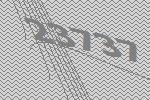
23737